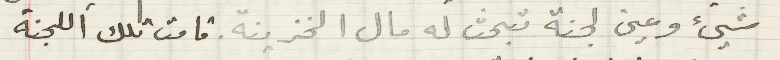
شيئ وعين لجنة تبحث له مال الخزينة. قامت تلك اللجنة